Scottish Certificate of Education, 1962
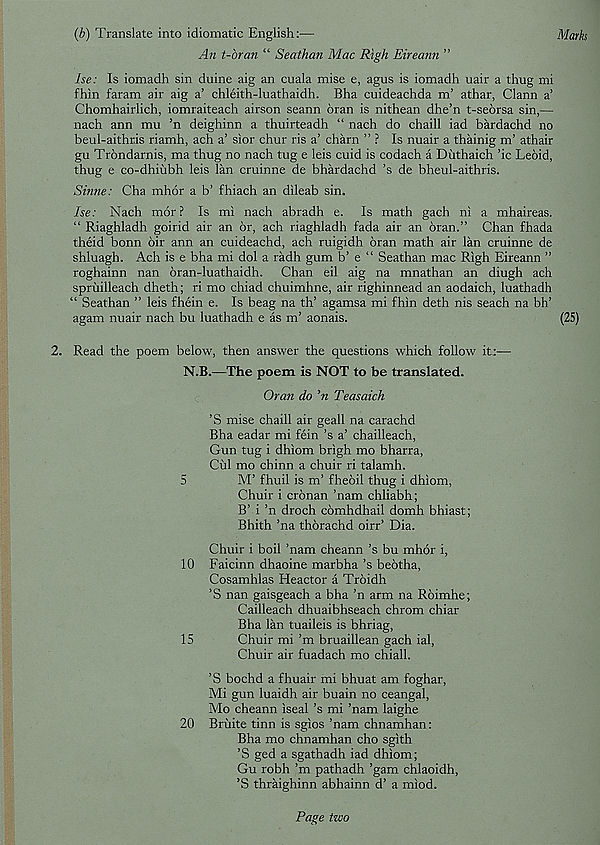
Marks
(b) Translate into idiomatic English:—
An t-bran “ Seathan Mac Righ Eireann ”
he: Is iomadh sin duine aig an cuala mise e, agus is iomadh uair a thug mi
fhin faram air aig a’ chleith-luathaidh. Bha cuideachda m’ athar, Clann a’
Chomhairlich, iomraiteach airson seann oran is nithean dhe’n t-seorsa sin,—
nach ann mu ’n deighinn a thuirteadh “ nach do chaill iad bardachd no
beul-aithris riamh, ach a’ sior chur ris a’ charn ” ? Is nuair a thainig m’ athair
gu Trondarnis, ma thug no nach tug e leis cuid is codach a Diithaich ’ic Leoid,
thug e co-dhiubh leis lan cruinne de bhardachd ’s de bheul-aithris.
Sinne: Cha mhor a b’ fhiach an dileab sin.
he: Nach mor ? Is mi nach abradh e. Is math gach ni a mhaireas.
“ Riaghladh goirid air an or, ach riaghladh fada air an bran.” Chan fhada
theid bonn oir ann an cuideachd, ach ruigidh bran math air lan cruinne de
shluagh. Ach is e bha mi dol a radh gum b’ e “ Seathan mac Righ Eireann ”
roghainn nan bran-luathaidh. Chan eil aig na mnathan an diugh ach
spruilleach dheth; ri mo chiad chuimhne, air righinnead an aodaich, luathadh
“ Seathan ” leis fhein e. Is beag na th’ agamsa mi fhin deth nis seach na bh’
agam nuair nach bu luathadh e as m’ aonais.
2. Read the poem below, then answer the questions which follow it:—
N.B.—The poem is NOT to be translated.
Oran do ’n Teasaich
’S mise chaill air geall na carachd
Bha eadar mi fein ’s a’ chailleach,
Gun tug i dhiom brigh mo bharra,
Cul mo chinn a chuir ri talamh.
5
M’ fhuil is m’ fhebil thug i dhiom,
Chuir i crbnan ’nam chliabh;
B’ i ’n droch cbmhdhail domh bhiast;
Bhith ’na thbrachd oirr’ Dia.
Chuir i boil ’nam cheann’s bu mhor i,
10 Faicinn dhaoine marbha’s bebtha,
Cosamhlas Heactor a Trbidh
’S nan gaisgeach a bha ’n arm na Rbimhe;
Cailleach dhuaibhseach chrom chiar
Bha lan tuaileis is bhriag,
15
Chuir mi’m bruaillean gach ial,
Chuir air fuadach mo chiall.
’S bochd a fhuair mi bhuat am foghar,
Mi gun luaidh air buain no ceangal,
Mo cheann iseal’s mi ’nam laighe
20 Bruite tinn is sgios ’nam chnamhan:
Bha mo chnamhan cho sgith
’S ged a sgathadh iad dhiom;
Gu robh’m pathadh ’gam chlaoidh,
’S thraighinn abhainn d’ a miod.
(25)